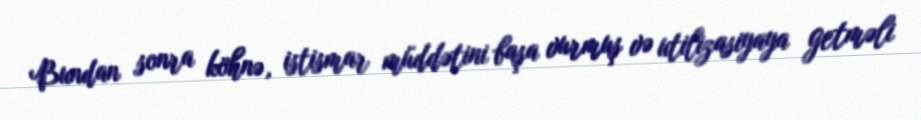
Bundan sonra köhnə, istismar müddətini başa vurmuş və utilizasiyaya getməli